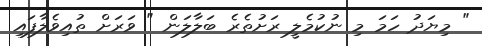
" މިޔަދު ހަމަ މި ނުކުމެލީ ރަށުތެރެ ބަލާލަން " ވަރަށް ތުއިވެލާފައި